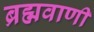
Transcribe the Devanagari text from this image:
ब्रह्मवाणी